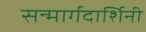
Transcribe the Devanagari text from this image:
सन्मार्गदार्शिनी